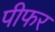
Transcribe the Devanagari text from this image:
पीफर